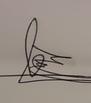
Signature authenticity: genuine